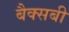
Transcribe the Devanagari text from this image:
बैक्सबी